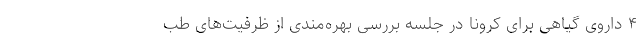
۴ داروی گیاهی برای کرونا در جلسه بررسى بهره‌مندی از ظرفیت‌های طب